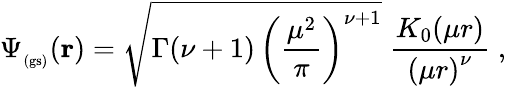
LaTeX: \Psi_{_\mathrm{(gs)}}({\mathbf r})=\sqrt{\Gamma(\nu+1)\, \left(\frac{\mu^{2}}{\pi}\right)^{\nu+1}}\; \frac{K_{0}(\mu r)}{\left(\mu r\right)^{\nu}}\; ,